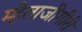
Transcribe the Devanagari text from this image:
म्हेताजीगीरी